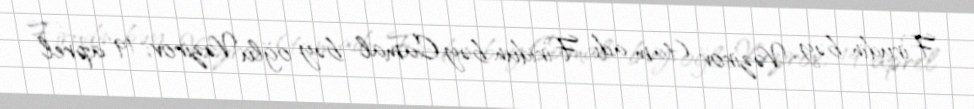
Firudin bəy Vəzirov (tam adı: Firidun bəy Camal bəy oğlu Vəzirov; 19 aprel